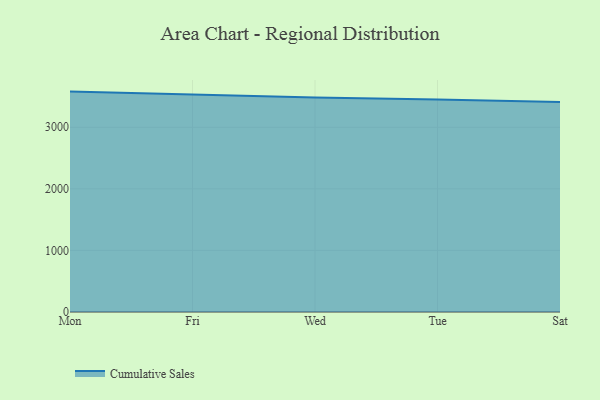
{"axis": {"x": "Day", "y": "Temperature (°C)"}, "legend": ["Cumulative Sales"], "data": [{"x": "Mon", "y": 3579.0, "type": "Cumulative Sales"}, {"x": "Fri", "y": 3532.2, "type": "Cumulative Sales"}, {"x": "Wed", "y": 3485.0, "type": "Cumulative Sales"}, {"x": "Tue", "y": 3450.7, "type": "Cumulative Sales"}, {"x": "Sat", "y": 3408.5, "type": "Cumulative Sales"}]}